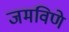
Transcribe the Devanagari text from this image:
जमविणे